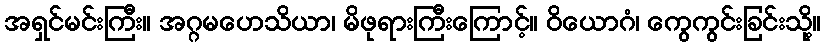
အရှင်မင်းကြီး။ အဂ္ဂမဟေသိယာ၊ မိဖုရားကြီးကြောင့်။ ဝိယောဂံ၊ ကွေကွင်းခြင်းသို့။